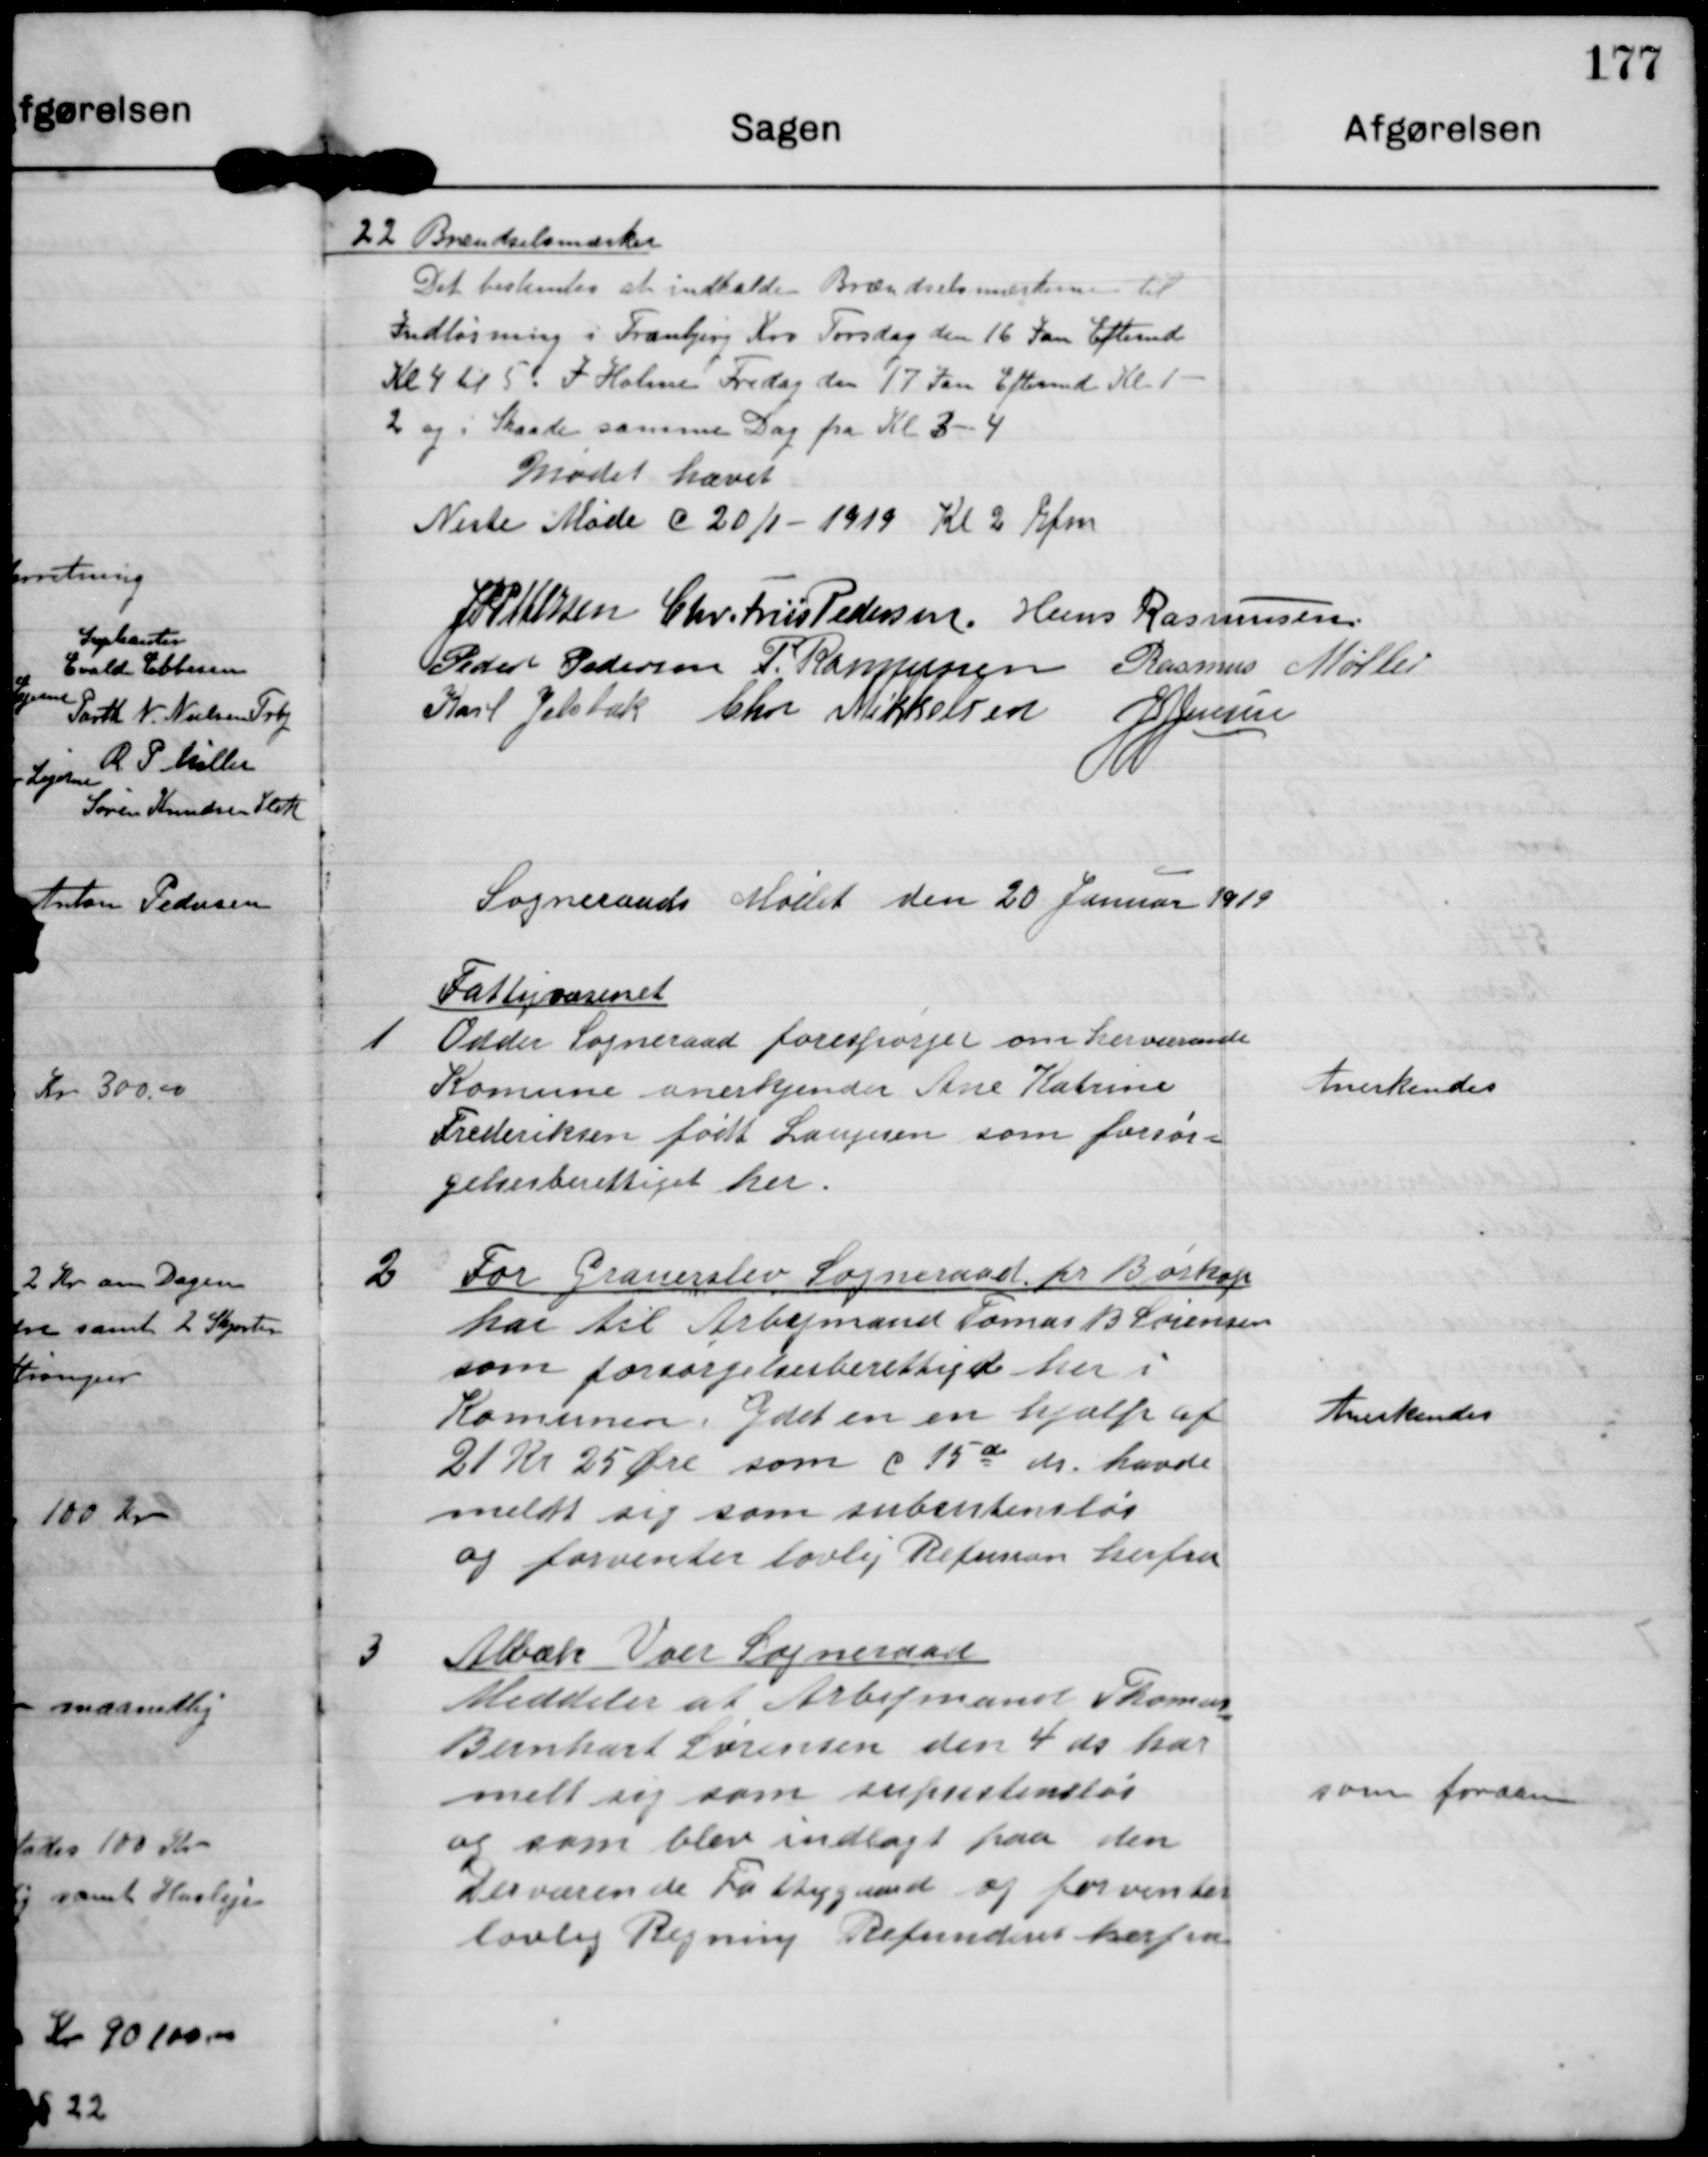
Transskription:
22 Brændselsmærker
Det bestemtes at indkalde Brændselsmærkerne til
indløsning i Tranbjerg Kro Torsdag den 16 Jan Eftermd
Kl 4 til 5. I Holme Fredag den 17 Jan Eftermd Kl 1-
2 og i Skaade samme Dag fra Kl 3-4

Mødet hævet

Næste Møde d 20/1-1919 Kl 2 Efm

J P Pedersen

Chr. Friis pedersen

Hans Rasmussen

Peder Pedersen

P. Rasmussen

Rasmus Møller

Karl Jelsbak

Chr Mikkelsen

J J jensen

Sogneraads Mødet den 20 Januar 1919

1

Fattigvæsenet
Odder Sogneraad forespørger om herværende
Komune anerkjender Ane Katrine
Frederiksen født Laugesen som forsør-
gelsesberettiget her.

Anerkendes

2

For Grauerslev Sogneraad pr. Børkop
har til Arbejdsmand Tomas B. Sørensen
som forsørgelsesberettiget her i
Komunen ydet en en hjælp af
21 kr 25 Øre som d 15de ds. havde
meldt sig som subsistensløs
og forventer lovlig Refusion herfra

Anderkendes

3

Albæk Voer Sogneraad
Meddeler at Arbejsmand Thomas
Bernhart Sørensen den 4. ds har
melt sig som supsistensløs
og som blev indlagt paa den
Derværende Fattiggaard og forventer
lovlig Regning Refunderet herfra

som foran